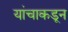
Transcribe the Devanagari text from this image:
यांचाकडून